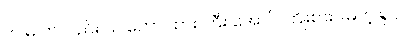
ကဲ မ ကလည်း သ ဘော ထား ကြီး အောင် ကြိုးစားပါမတဲ့ ရှင်